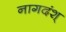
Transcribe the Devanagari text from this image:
नागदंश्